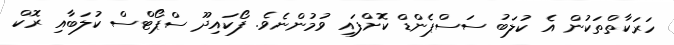
ހަރަކާތްތަކުން އެ ކުލަބު ސަސްޕެންޑް ކޮށްފައި ވުމުންނެވެ. ފޯކައިދޫ ސްޕޯޓްސް ކުލަބާއި ރޮކް